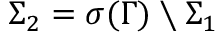
\Sigma _ { 2 } = \sigma ( \Gamma ) \setminus \Sigma _ { 1 }